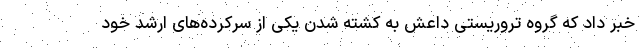
خبر داد که گروه تروریستی داعش به کشته شدن یکی از سرکرده‌های ارشد خود